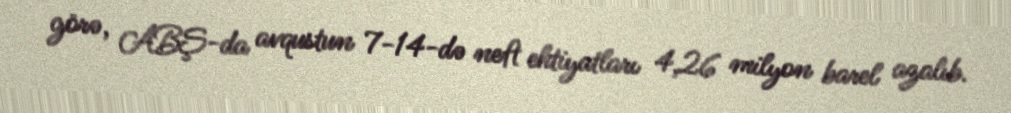
görə, ABŞ-da avqustun 7-14-də neft ehtiyatları 4,26 milyon barel azalıb.